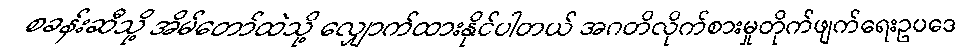
စခန်းဆီသို့ အိမ်တော်ထဲသို့ လျှောက်ထားနိုင်ပါတယ် အဂတိလိုက်စားမှုတိုက်ဖျက်ရေးဥပဒေ